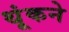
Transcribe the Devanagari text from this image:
थूंकने